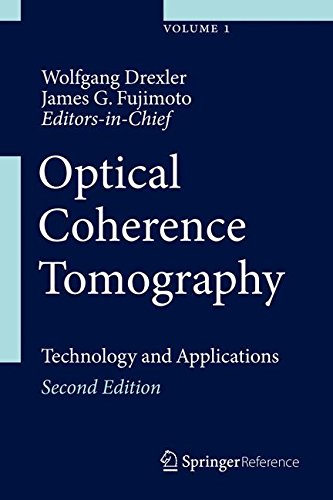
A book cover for Optical Coherence Tomography: Technology and Applications; Science & Math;